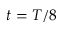
t = T / 8